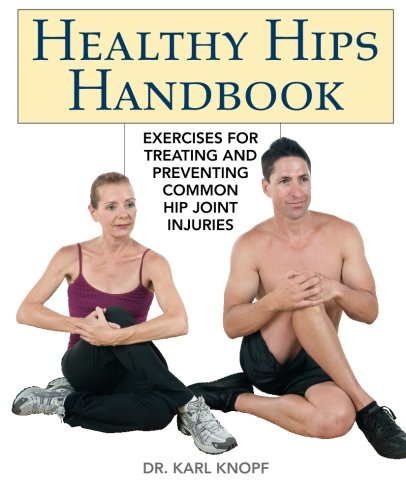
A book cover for Healthy Hips Handbook: Exercises for Treating and Preventing Common Hip Joint Injuries; Karl Knopf; Health, Fitness & Dieting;